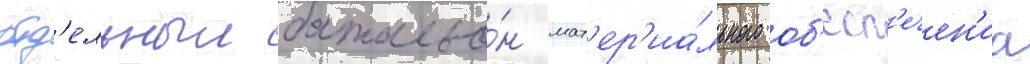
отд'ельныи батальо́н мат'ер'иа́льного об'есп'ечен'иа